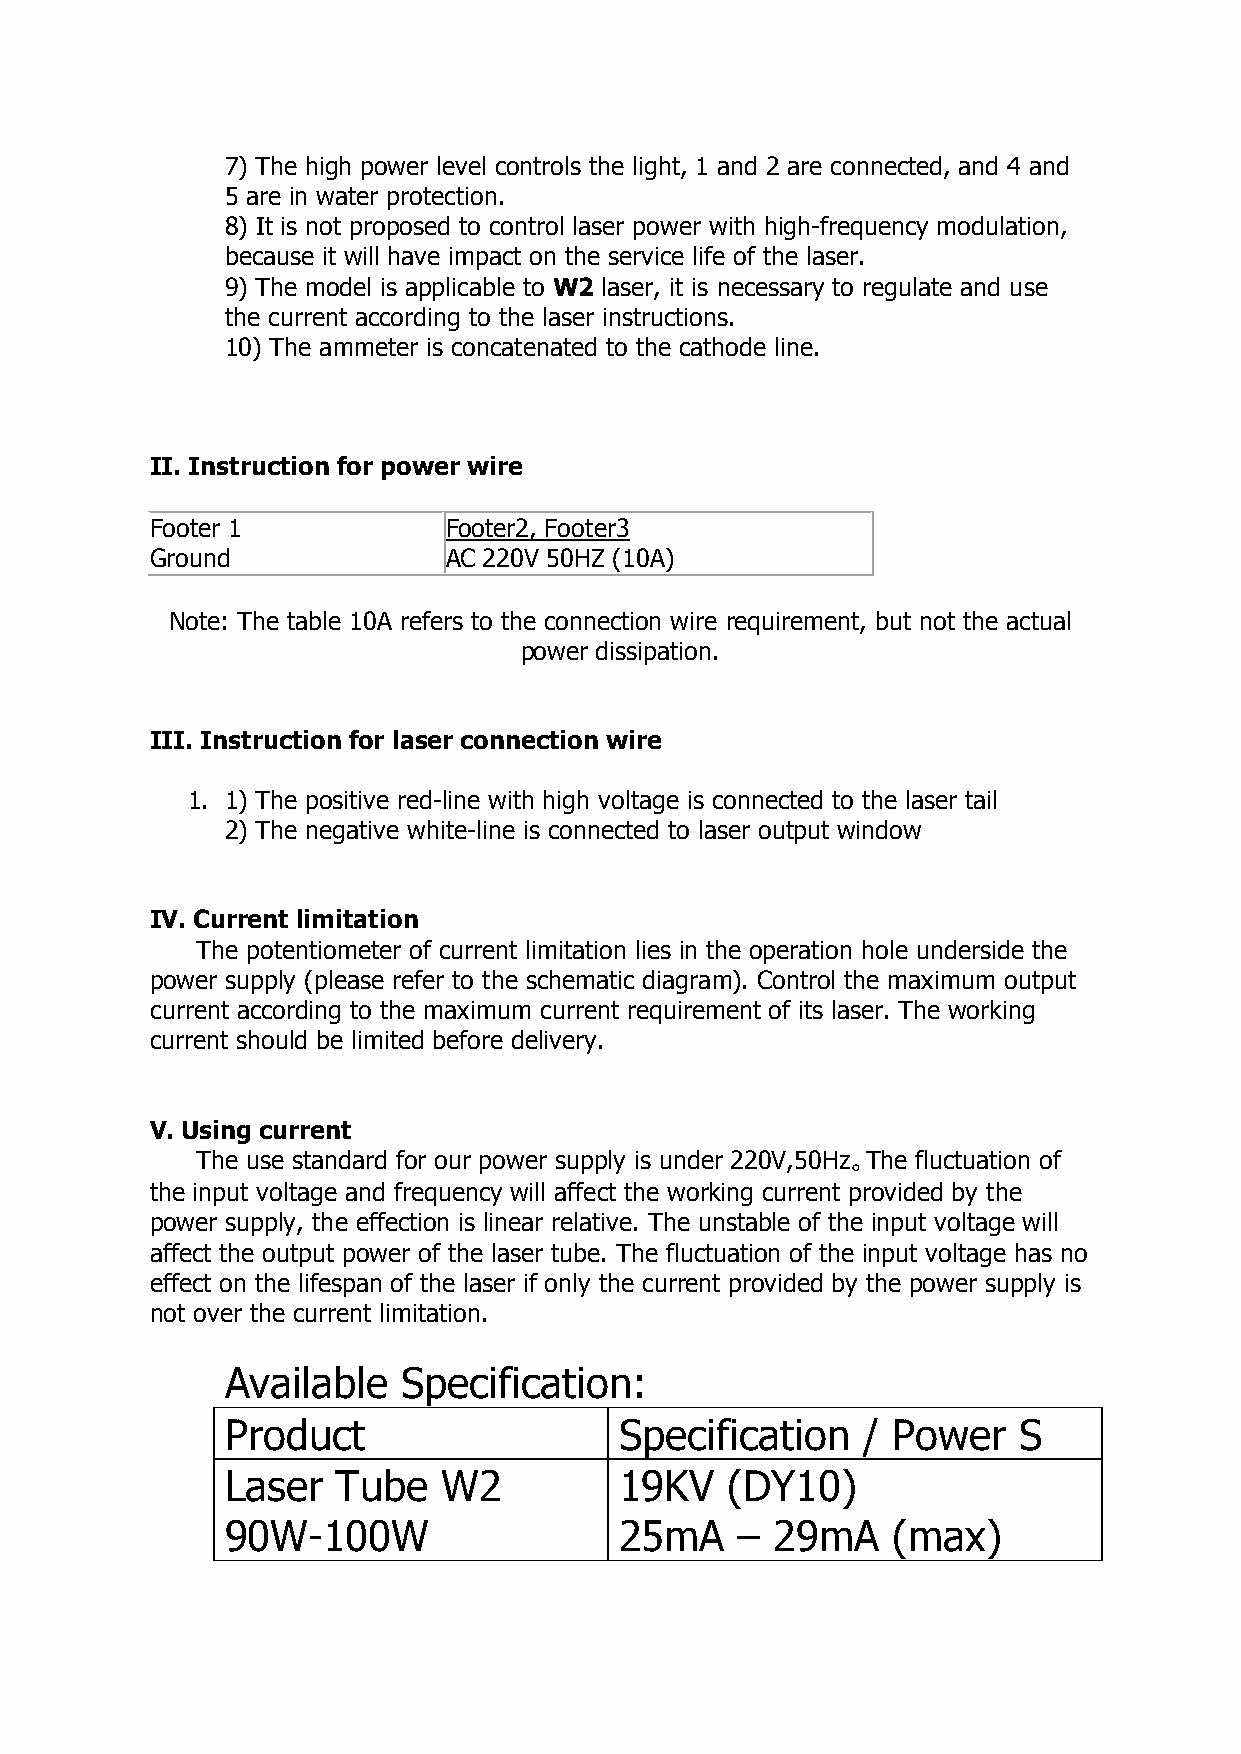
7) The high power level controls the light, 1 and 2 are connected, and 4 and
 5 are in water protection.
 8) It is not proposed to control laser power with high-frequency modulation,
 because it will have impact on the service life of the laser.
 9) The model is applicable to W2 laser, it is necessary to regulate and use
 the current according to the laser instructions.
 10) The ammeter is concatenated to the cathode line.
 II. Instruction for power wire
 Footer 1           Footer2, Footer3
 Ground             AC 220V 50HZ (10A)
 Note: The table 10A refers to the connection wire requirement, but not the actual
 power dissipation.
 III. Instruction for laser connection wire
 1. 1) The positive red-line with high voltage is connected to the laser tail
 2) The negative white-line is connected to laser output window
 IV. Current limitation
 The potentiometer of current limitation lies in the operation hole underside the
 power supply (please refer to the schematic diagram). Control the maximum output
 current according to the maximum current requirement of its laser. The working
 current should be limited before delivery.
 V. Using current
 The use standard for our power supply is under 220V,50Hz。The fluctuation of
 the input voltage and frequency will affect the working current provided by the
 power supply, the effection is linear relative. The unstable of the input voltage will
 affect the output power of the laser tube. The fluctuation of the input voltage has no
 effect on the lifespan of the laser if only the current provided by the power supply is
 not over the current limitation.
 Available   Specification:
 Product                   Specification   / Power   S
 Laser  Tube   W2          19KV   (DY10)
 90W-100W                  25mA    – 29mA    (max)